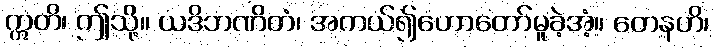
ဣတိ၊ ဤသို့။ ယဒိဘဏိတံ၊ အကယ်၍ဟောတော်မူခဲ့အံ့။ တေနဟိ၊